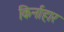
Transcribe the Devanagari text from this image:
किर्नाहार